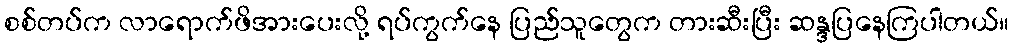
စစ်တပ်က လာရောက်ဖိအားပေးလို့ ရပ်ကွက်နေ ပြည်သူတွေက တားဆီးပြီး ဆန္ဒပြနေကြပါတယ်။